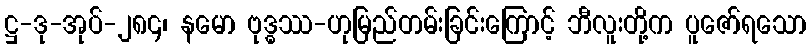
ဋ္ဌ-ဒု-အုပ်-၂၈၄၊ နမော ဗုဒ္ဓဿ-ဟုမြည်တမ်းခြင်းကြောင့် ဘီလူးတို့က ပူဇော်ရသော